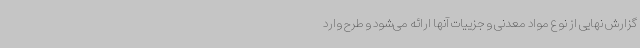
گزارش نهایی از نوع مواد معدنی و جزییات آنها ارائه می‌شود و طرح وارد